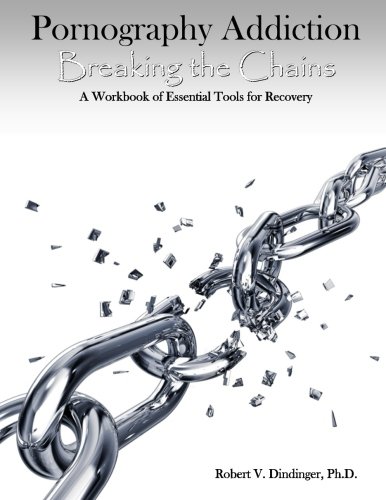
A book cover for Pornography Addiction Breaking the Chains: A Workbook of Essential Tools for Recovery; Robert V Dindinger PhD.; Health, Fitness & Dieting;